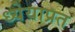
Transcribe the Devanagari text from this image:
ध्येयाप्रत